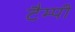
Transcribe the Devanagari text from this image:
टैम्पी